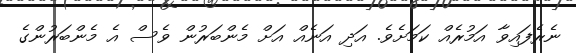
ނެރެފައިވާ އަމުރެއް ކަމަށެވެ. އަދި އަނެއް އަށް މެންބަރުން ވެސް އެ މެންބަރުންގެ